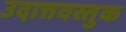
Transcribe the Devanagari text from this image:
उदात्तवस्तुक